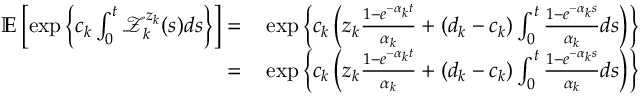
\begin{array} { r l } { \mathbb { E } \left[ \exp \left\{ c _ { k } \int _ { 0 } ^ { t } \mathcal { Z } _ { k } ^ { z _ { k } } ( s ) d s \right\} \right] = } & { { } \exp \left\{ c _ { k } \left( z _ { k } \frac { 1 - e ^ { - \alpha _ { k } t } } { \alpha _ { k } } + ( d _ { k } - c _ { k } ) \int _ { 0 } ^ { t } \frac { 1 - e ^ { - \alpha _ { k } s } } { \alpha _ { k } } d s \right) \right\} } \\ { = } & { { } \exp \left\{ c _ { k } \left( z _ { k } \frac { 1 - e ^ { - \alpha _ { k } t } } { \alpha _ { k } } + ( d _ { k } - c _ { k } ) \int _ { 0 } ^ { t } \frac { 1 - e ^ { - \alpha _ { k } s } } { \alpha _ { k } } d s \right) \right\} } \end{array}